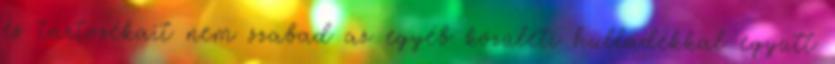
és tartozékait nem szabad az egyéb közületi hulladékkal együtt